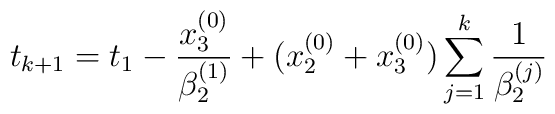
t_{k+1}=t_1-\frac{x^{(0)}_3}{\beta^{(1)}_2}+\bigl(x^{(0)}_2+x^{(0)}_3\bigr)\sum_{j=1}^k\frac{1}{\beta^{(j)}_2}